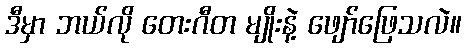
ဒီမှာ ဘယ်လို တေးဂီတ မျိုးနဲ့ ဖျော်ဖြေသလဲ။